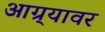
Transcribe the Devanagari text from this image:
आग्र्यावर